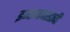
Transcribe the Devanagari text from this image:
इमामबाडाची